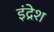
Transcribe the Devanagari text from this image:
इंद्रेश